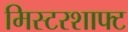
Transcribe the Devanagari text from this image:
मिस्टरशाफ्ट